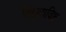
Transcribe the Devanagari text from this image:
विद्युदाविष्ट